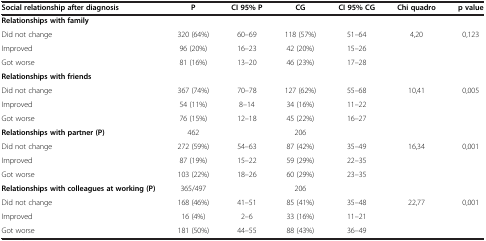
<table><thead><tr><td><b>Social relationship after diagnosis</b></td><td><b>P</b></td><td><b>CI 95% P</b></td><td><b>CG</b></td><td><b>CI 95% CG</b></td><td><b>Chi quadro</b></td><td><b>p value</b></td></tr></thead><tbody><tr><td><b>Relationships with family</b></td><td colspan="6"> </td></tr><tr><td>Did not change</td><td>320 (64%)</td><td>60–69</td><td>118 (57%)</td><td>51–64</td><td>4,20</td><td>0,123</td></tr><tr><td>Improved</td><td>96 (20%)</td><td>16–23</td><td>42 (20%)</td><td>15–26</td><td> </td><td> </td></tr><tr><td>Got worse</td><td>81 (16%)</td><td>13–20</td><td>46 (23%)</td><td>17–28</td><td> </td><td> </td></tr><tr><td><b>Relationships with friends</b></td><td colspan="6"> </td></tr><tr><td>Did not change</td><td>367 (74%)</td><td>70–78</td><td>127 (62%)</td><td>55–68</td><td>10,41</td><td>0,005</td></tr><tr><td>Improved</td><td>54 (11%)</td><td>8–14</td><td>34 (16%)</td><td>11–22</td><td> </td><td> </td></tr><tr><td>Got worse</td><td>76 (15%)</td><td>12–18</td><td>45 (22%)</td><td>16–27</td><td> </td><td> </td></tr><tr><td><b>Relationships with partner (P)</b></td><td>462</td><td> </td><td>206</td><td colspan="3"> </td></tr><tr><td>Did not change</td><td>272 (59%)</td><td>54–63</td><td>87 (42%)</td><td>35–49</td><td>16,34</td><td>0,001</td></tr><tr><td>Improved</td><td>87 (19%)</td><td>15–22</td><td>59 (29%)</td><td>22–35</td><td> </td><td> </td></tr><tr><td>Got worse</td><td>103 (22%)</td><td>18–26</td><td>60 (29%)</td><td>23–35</td><td> </td><td> </td></tr><tr><td><b>Relationships with colleagues at working (P)</b></td><td>365/497</td><td> </td><td>206</td><td colspan="3"> </td></tr><tr><td>Did not change</td><td>168 (46%)</td><td>41–51</td><td>85 (41%)</td><td>35–48</td><td>22,77</td><td>0,001</td></tr><tr><td>Improved</td><td>16 (4%)</td><td>2–6</td><td>33 (16%)</td><td>11–21</td><td> </td><td> </td></tr><tr><td>Got worse</td><td>181 (50%)</td><td>44–55</td><td>88 (43%)</td><td>36–49</td><td> </td><td> </td></tr></tbody></table>